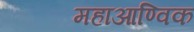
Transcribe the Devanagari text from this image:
महाआण्विक